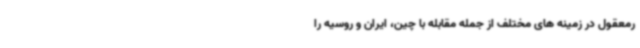
رمعقول در زمینه های مختلف از جمله مقابله با چین، ایران و روسیه را